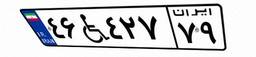
۴۶W۴۲۷۷۹